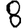
Digit: 8